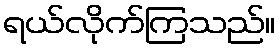
ရယ်လိုက်ကြသည်။